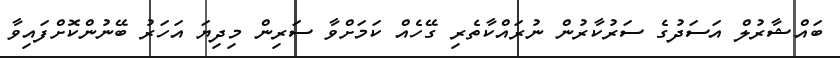
ބައްޝާރުލް އަސަދުގެ ސަރުކާރުން ނުރައްކާތެރި ގޭހެއް ކަމަށްވާ ސަރިން މިދިޔަ އަހަރު ބޭނުންކޮށްފައިވާ